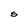
Character: S